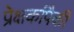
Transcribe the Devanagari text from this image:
प्रेक्षकांपैकी